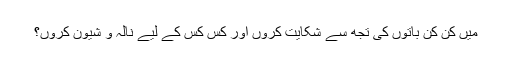
میں کن کن باتوں کی تجھ سے شکایت کروں اور کس کس کے لیے نالہ و شیون کروں؟